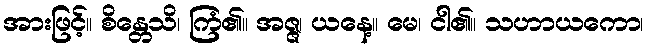
အားဖြင့်။ စိန္တေသိ၊ ကြံ၏။ အဇ္ဇ၊ ယနေ့။ မေ၊ ငါ၏။ သဟာယကော၊